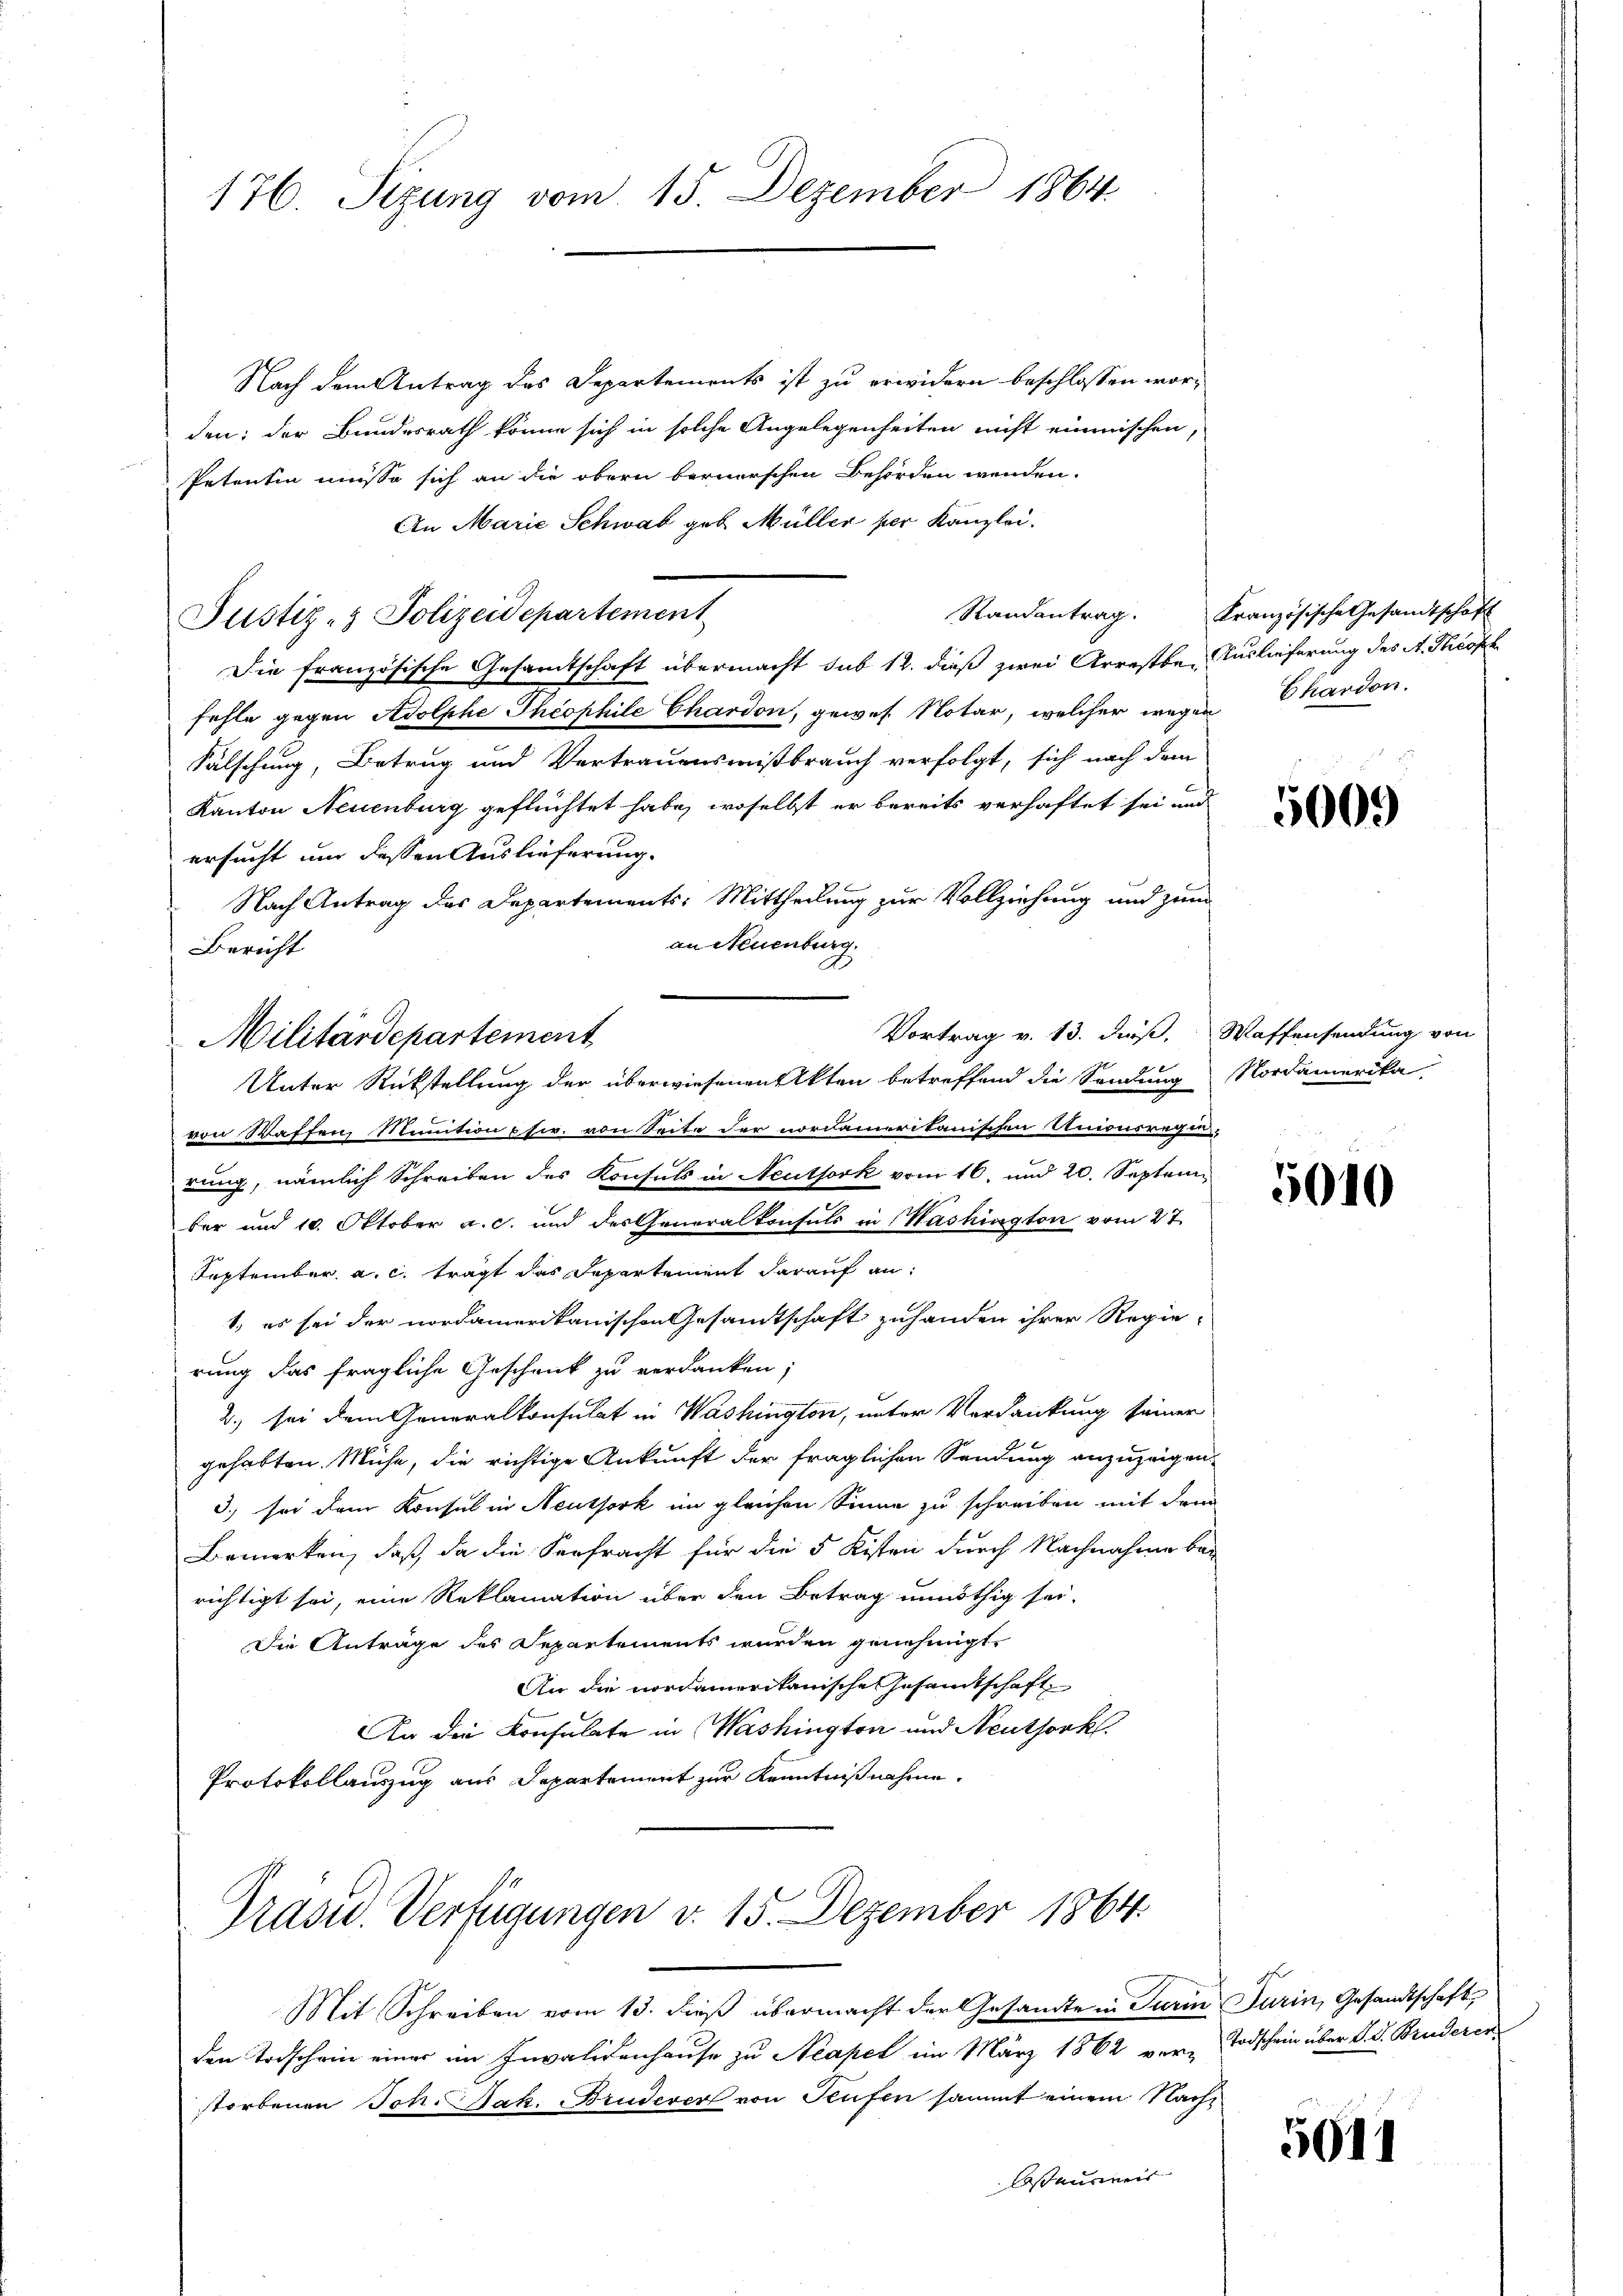
176. Sezung vom 15. Dezember 1864

Nach dem Antrag des Departements ist zu erwidern beschlossen worden: der Bundesrath könne sich in solche Angelegenheiten nicht einmischen,
Petentin müsse sich an die obern bernerschen Behörden wenden.
An Marie Schwab geb. Müller per Kanzlei.
Die französische Gesamtschaft übermacht sub 12. dieß zwei Arrestber Auslieferung des A. Theoph
fehle gegen Adolphe Theophile Chardon, gewes. Notar, welcher wegen Chardon.
Fälschung, Betrug und Vertrauensmißbrauch verfolgt, sich nach dem
Kanton Neuenburg geflüchtet habe, woselbst er bereits verhaftet sei und
ersucht um dessen Auslieferung.
Nach Antrag des Departements: Mittheilung zur Vollziehung und zum
an Neuenburg
Bericht
Vortrag v. 13. dieß, Waffensendung von
von Waffen, Munition p fr. von Seite der nordameritanischen Unionsregi-
rung, nämlich Schreiben des Konsuls in Neuthork vom 16. und 20. September und 10. Oktober a. c. und des Generalkonsuls in Washington vom 27.
September a. c. trägt das Departement darauf an:
1, es sei der nordamerikanischen Gesamtschaft zuhanden ihrer Regie-
rung das fragliche Geschrick zu verdanken;
2.) sei dem Generalkonsulat in Washington, unter Verdankung seiner
gehabten Mühe, die richtige Ankunft der fraglichen Sendung anzuzeigen,
3) sei dem Konsul in Neuthork im gleichen Sinne zu schreiben mit dem
Bemerken, daß da die Verfracht für die 5 Kisten durch Nachnahme bei
richtigt sei, eine Reklamation über den Betrag unnöthig sei.
Die Anträge des Separtements wurden genehmigt.
An die nordamerikanische Gesamtschaft
An die Konsulate in Washington und Neuthork
Protokollauszug aus Departement zur Kenntnißnahme.

Justiz- & Polizeidepartement

Militärdepartement
Unter Rückstellung der überwiesenen Akten betreffend die Sendung

Präsid. Verfügungen v. 15. Dezember 1864

Mit Schreiben vom 13. dieß übermacht der Gesamte in Turin Turin, Gesandtschaft,
den Todschein einer im Invalidenhause zu Neapel im März 1862 ver-Todschein über d. J. Bruderer
storbenen Joh. Jak. Bruderer von Teufen sammt einem Nacht
lasausweis

Randantrag. Französische Gesandtschaft

5009

Nordamerika

5040

5011